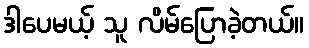
ဒါပေမယ့် သူ လိမ်ပြောခဲ့တယ်။